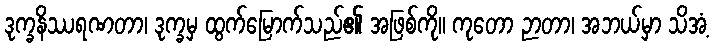
ဒုက္ခနိဿရဏတာ၊ ဒုက္ခမှ ထွက်မြောက်သည်၏ အဖြစ်ကို။ ကုတော ဉာတာ၊ အဘယ်မှာ သိအံ့